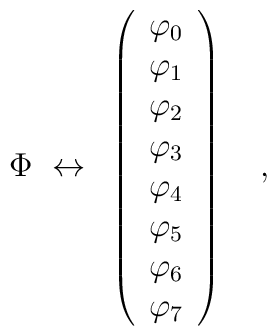
\Phi ~\leftrightarrow ~\left( \begin{array}{c}\varphi _{0} \\ \varphi _{1} \\ \varphi _{2} \\ \varphi _{3} \\ \varphi _{4} \\ \varphi _{5} \\ \varphi _{6} \\ \varphi _{7}\end{array}\right) \quad ,